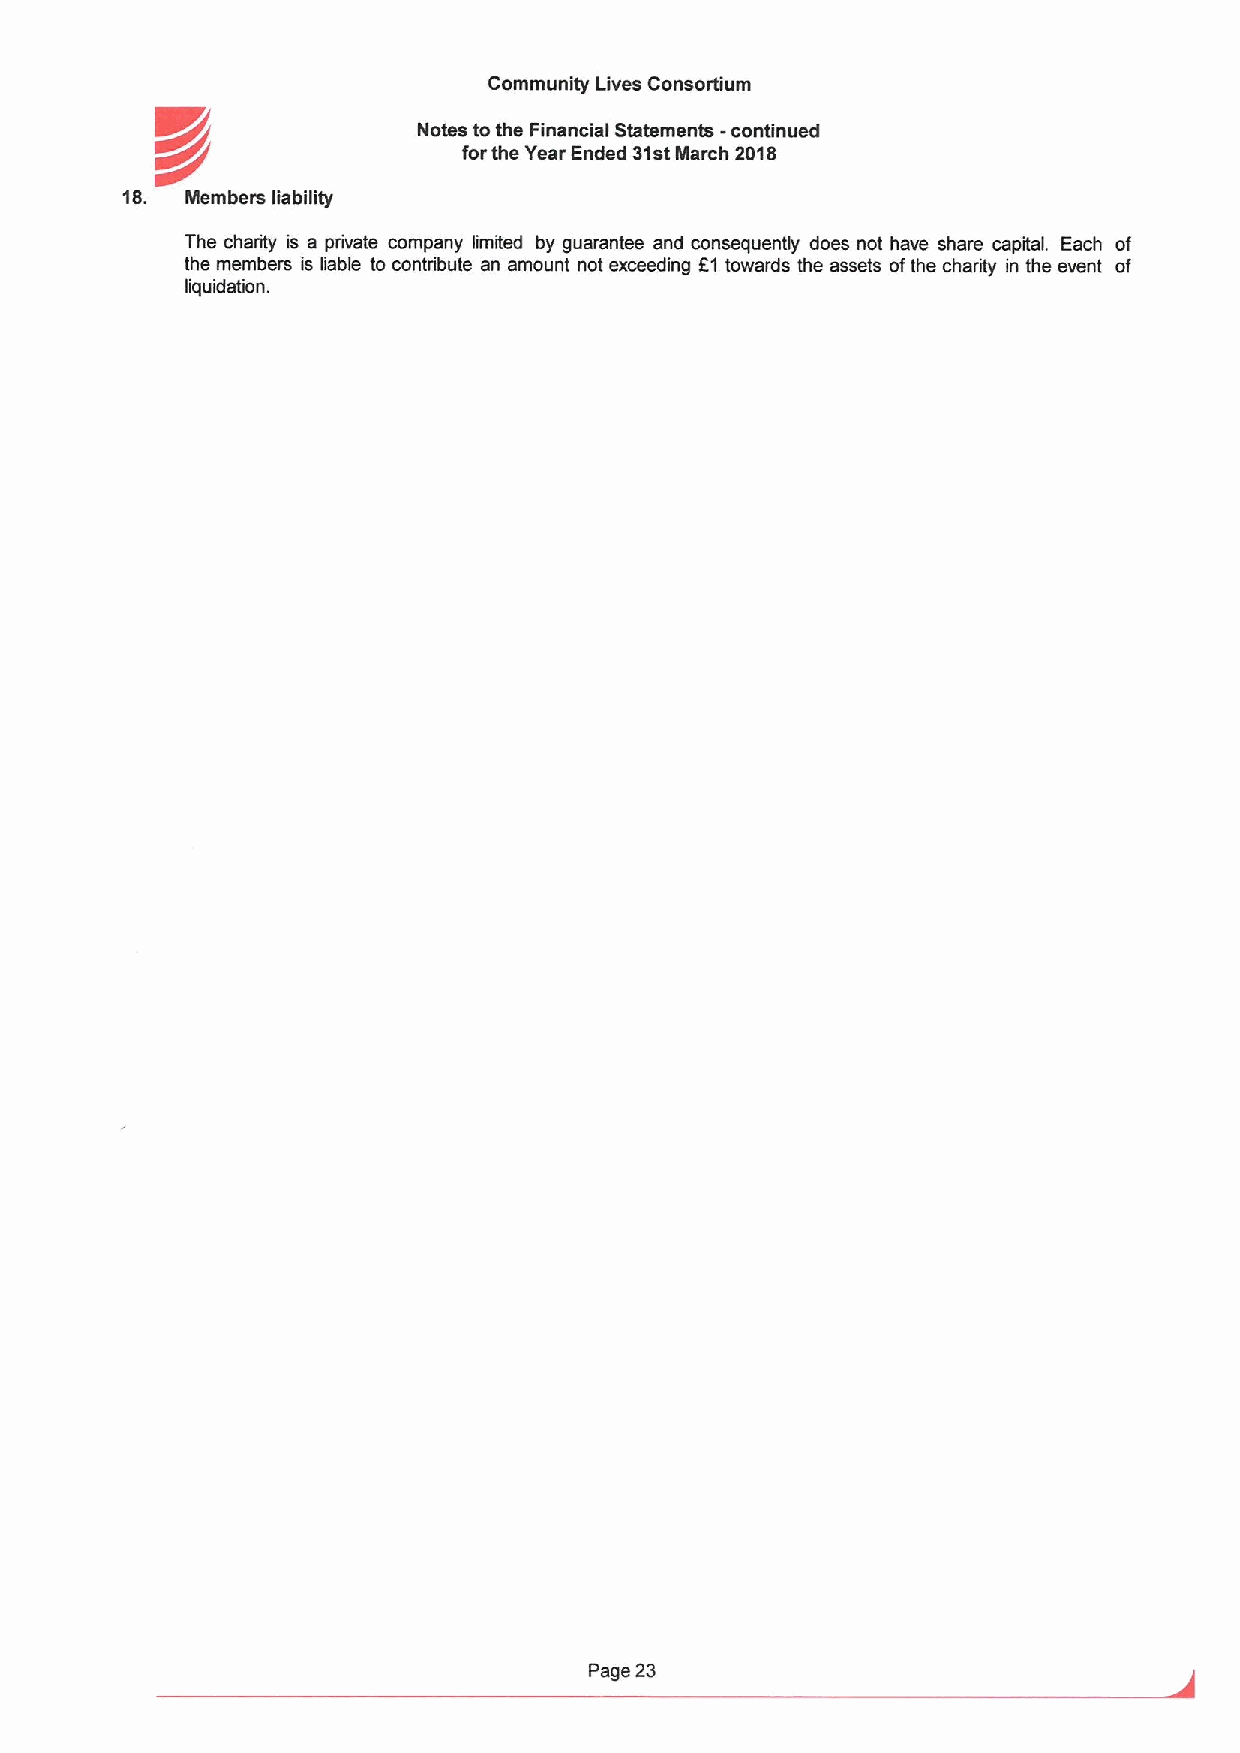
Community Lives Consortium
 Notes tothe Financial Statements -continued
 K/p
 forthe Year Ended 31stMarch 2018
 18. Members liability
 The charity is a private company limited by guarantee and consequently does not have share capital. Each of
 the members is liable to contribute an amount not exceeding K1 towards the assets ofthe charity in the event of
 liquidation.
 Page 23